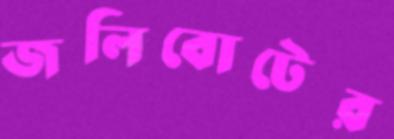
জলিবোটের